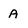
Character: A